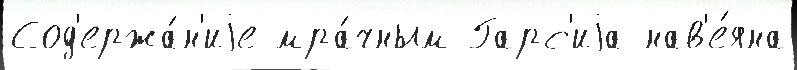
Сод'ержа́н'иjе мра́чным Гарс'иjа нав'е́яна